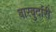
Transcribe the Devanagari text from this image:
बारबुर्दारी